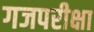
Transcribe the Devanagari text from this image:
गजपरीक्षा